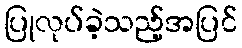
ပြုလုပ်ခဲ့သည့်အပြင်